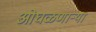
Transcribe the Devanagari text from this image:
ओघळणाऱ्या